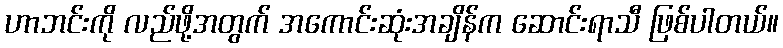
ဟာဘင်းကို လည်ဖို့အတွက် အကောင်းဆုံးအချိန်က ဆောင်းရာသီ ဖြစ်ပါတယ်။